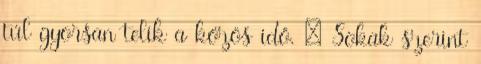
túl gyorsan telik a közös idő. – Sokak szerint